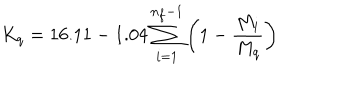
LaTeX: K _ { q } = 1 6 . 1 1 - 1 . 0 4 \sum _ { i = 1 } ^ { n _ { f } - 1 } \left( 1 - \frac { M _ { i } } { M _ { q } } \right)